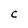
Character: C